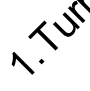
1. T u